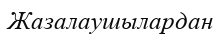
Жазалаушылардан